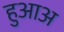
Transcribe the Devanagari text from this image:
हुआअ